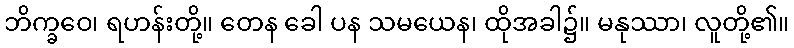
ဘိက္ခဝေ၊ ရဟန်းတို့။ တေန ခေါ ပန သမယေန၊ ထိုအခါ၌။ မနုဿာ၊ လူတို့၏။